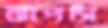
ঝাপসি